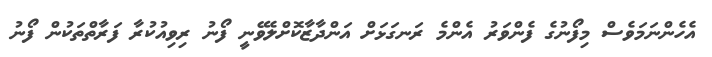
އެހެންނަމަވެސް މިފޯނުގެ ފެންވަރު އެންމެ ރަނގަޅަށް އަންދާޒާކޮށްލެވޭނީ ފޯނު ރިވިއުކުރާ ފަރާތްތަކުން ފޯނު